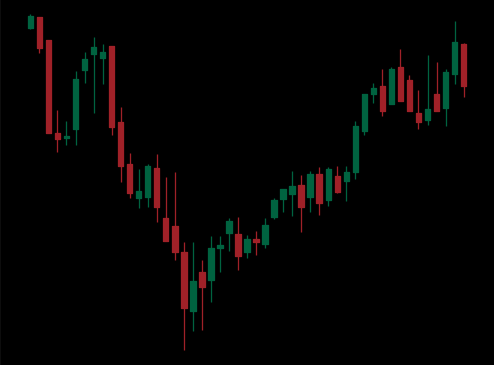
Pattern: inverse_head_shoulders